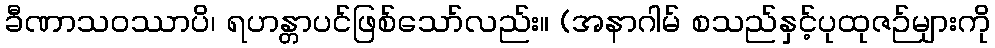
ခီဏာသဝဿာပိ၊ ရဟန္တာပင်ဖြစ်သော်လည်း။ (အနာဂါမ် စသည်နှင့်ပုထုဇဉ်များကို